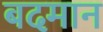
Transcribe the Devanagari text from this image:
बदमान